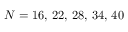
N = 1 6 , \, 2 2 , \, 2 8 , \, 3 4 , \, 4 0